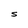
Character: S